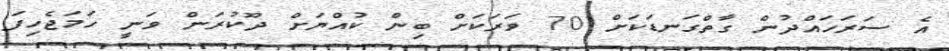
އެ ސަރަހައްދުން ގާތްގަނޑަކަށް 70 ވަރަކަށް ބިން ކުއްޔަށް ދޫކުރަން ވަނީ ހަމަޖެހިފަ